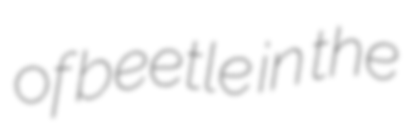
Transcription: of beetle in the